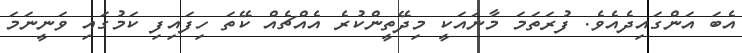
އެބަ އަންގައިދެއެވެ. ފުރަތަމަ މާނައަކީ މިދޭތީންކުރެ އެއްޗެއް ކޭތަ ހިފައިފި ކަމުގައި ވަނީނަމަ